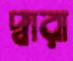
দ্বারা